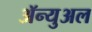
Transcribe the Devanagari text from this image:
ॲन्युअल